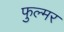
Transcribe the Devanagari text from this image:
फुल्मर